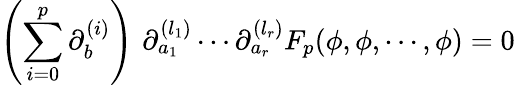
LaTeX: \left(\sum_{i=0}^{p}\partial_{b}^{(i)}\right)\, \, \partial_{a_{1}}^{(l_{1})}\cdots\partial_{a_{r}}^{(l_{r})}F_{p}(\phi,\phi,\cdots,\phi)=0